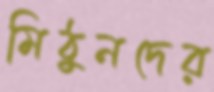
মিঠুনদের